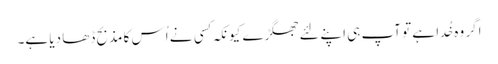
اگر وہ خُدا ہے تو آپ ہی اپنے لِئے جھگڑے کیونکہ کِسی نے اُس کا مذبح ڈھا دِیا ہے۔